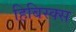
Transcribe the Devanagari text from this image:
हिबिस्क्‍स